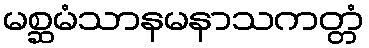
မစ္ဆမံသာနမနာသကတ္တံ